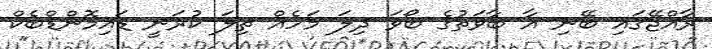
ރާއްޖޭގައި ބޭނި އާ ބާވަތުގެ ބޯވަ ދިލަ މަހެއް ތިލަ ކުރަނީ ޑައިމޮންޑްބެކް